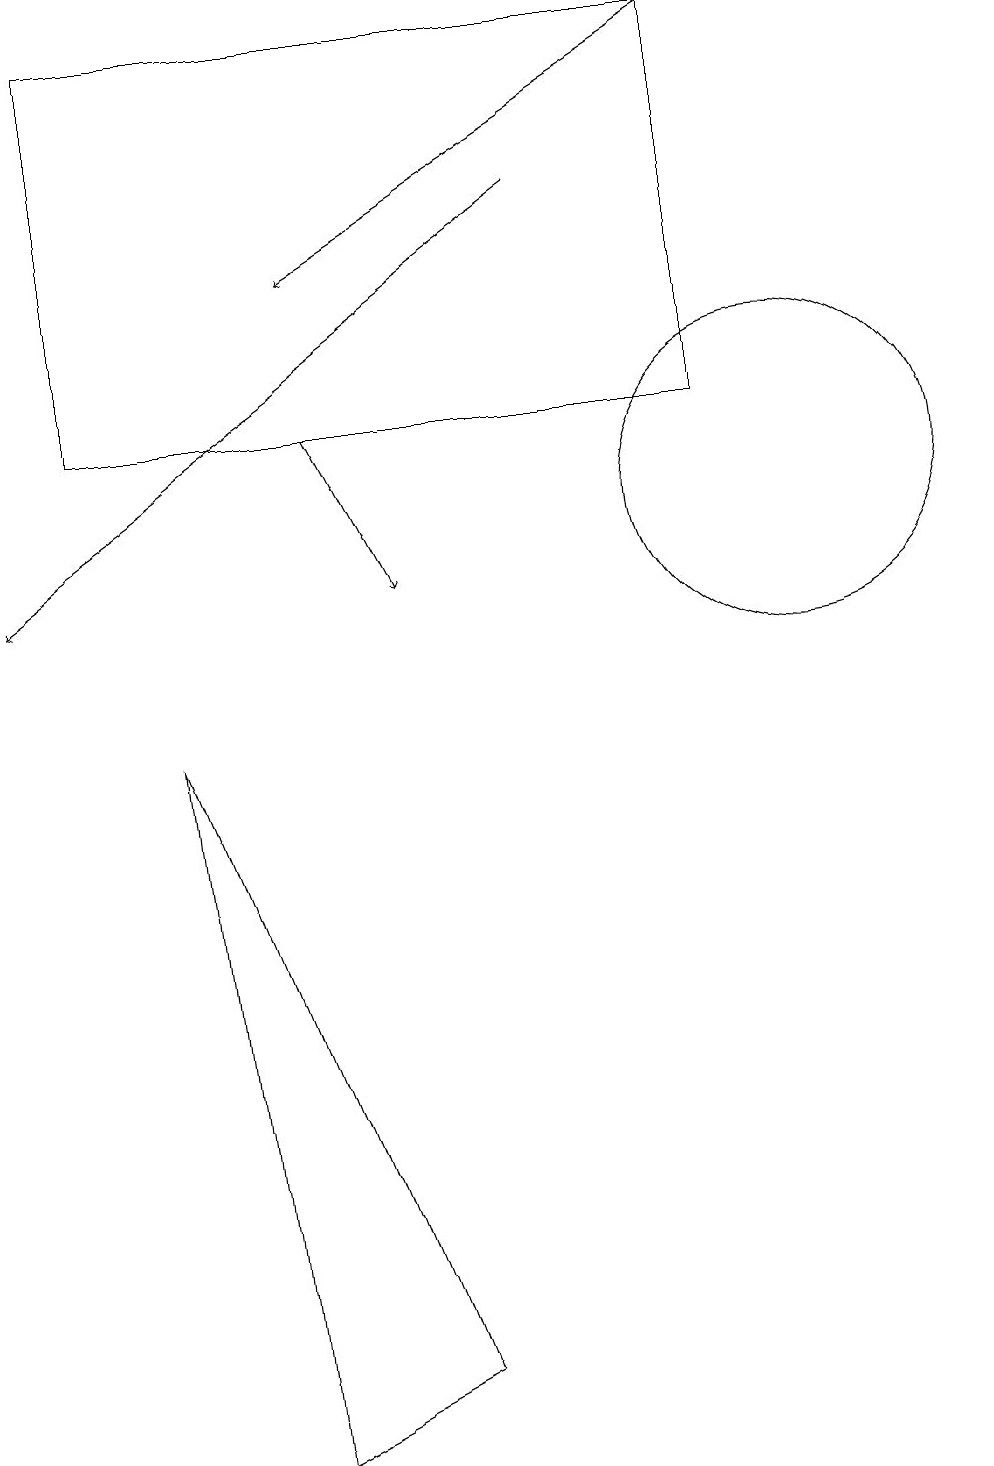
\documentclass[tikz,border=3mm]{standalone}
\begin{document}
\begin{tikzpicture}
\draw (2,9) -- (5,1) -- (3,0) -- cycle;
\draw (10,12) circle (2);
\draw[->] (9,18) -- (4,15);
\draw (1,13) rectangle (9,18);
\draw[->] (7,16) -- (0,11);
\draw[->] (4,13) -- (5,11);
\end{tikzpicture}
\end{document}